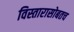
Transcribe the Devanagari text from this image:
विस्तारासोबतच